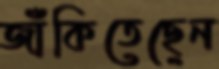
জাঁকিতেছেন